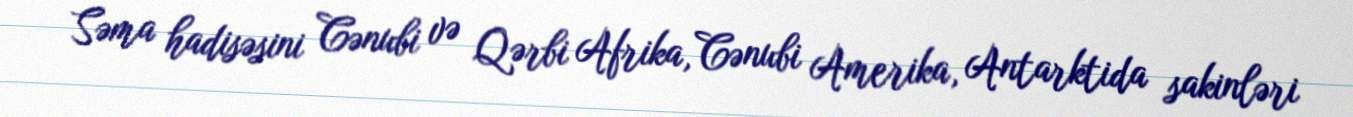
Səma hadisəsini Cənubi və Qərbi Afrika, Cənubi Amerika, Antarktida sakinləri